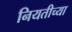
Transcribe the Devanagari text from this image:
नियतीच्या